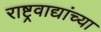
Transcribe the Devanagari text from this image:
राष्ट्रवाद्यांच्या